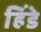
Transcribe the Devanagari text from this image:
हिंडे